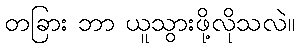
တခြား ဘာ ယူသွားဖို့လိုသလဲ။